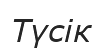
Түсік